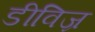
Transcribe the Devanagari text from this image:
डीविज्र